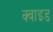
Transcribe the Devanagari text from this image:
क्वाइड